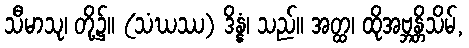
သီမာသု၊ တို့၌။ (သံဃဿ) ဒိန္နံ၊ သည်။ အတ္ထ၊ ထိုအဗ္ဘန္တိသိမ်,